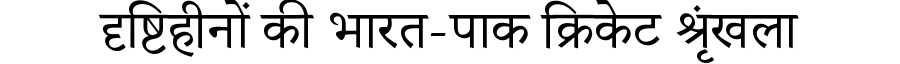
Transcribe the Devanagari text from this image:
दृष्टिहीनों की भारत-पाक क्रिकेट श्रृंखला